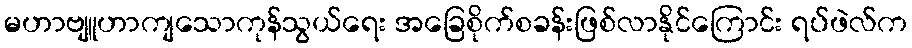
မဟာဗျူဟာကျသောကုန်သွယ်ရေး အခြေစိုက်စခန်းဖြစ်လာနိုင်ကြောင်း ရပ်ဖဲလ်က